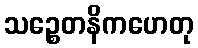
သဉ္စေတနိကဟေတု